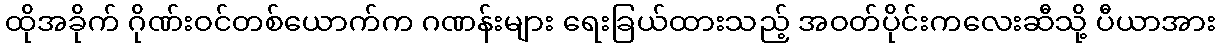
ထိုအခိုက် ဂိုဏ်းဝင်တစ်ယောက်က ဂဏန်းများ ရေးခြယ်ထားသည့် အဝတ်ပိုင်းကလေးဆီသို့ ပီယာအား